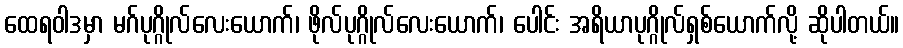
ထေရဝါဒမှာ မဂ်ပုဂ္ဂိုလ်လေးယောက်၊ ဖိုလ်ပုဂ္ဂိုလ်လေးယောက်၊ ပေါင်း အရိယာပုဂ္ဂိုလ်ရှစ်ယောက်လို့ ဆိုပါတယ်။